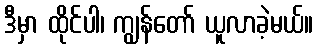
ဒီမှာ ထိုင်ပါ၊ ကျွန်တော် ယူလာခဲ့မယ်။